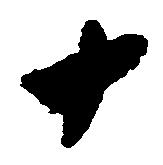
十